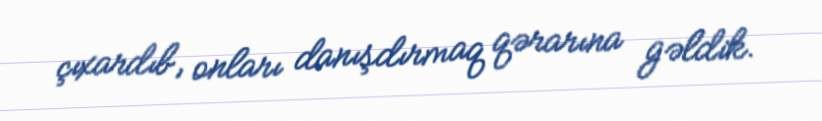
çıxardıb, onları danışdırmaq qərarına gəldik.